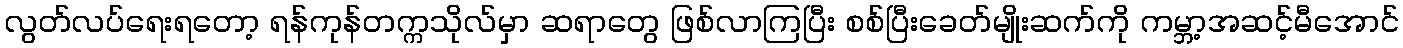
လွတ်လပ်ရေးရတော့ ရန်ကုန်တက္ကသိုလ်မှာ ဆရာတွေ ဖြစ်လာကြပြီး စစ်ပြီးခေတ်မျိုးဆက်ကို ကမ္ဘာ့အဆင့်မီအောင်